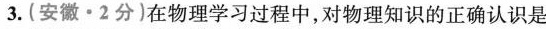
3.(安徽·2分)在物理学习过程中，对物理知识的正确认识是